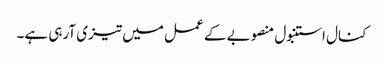
کنال استنبول منصوبے کے عمل میں تیزی آرہی ہے۔